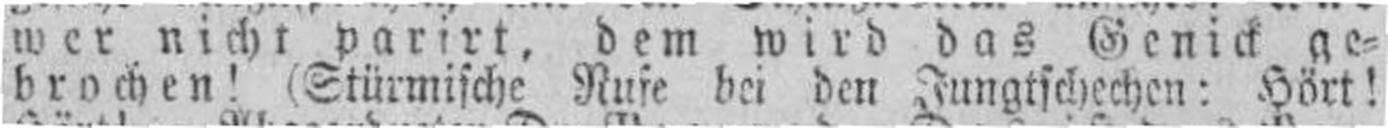
brochen! (Stürmische Rufe bei den Jungtschechen: Hört!